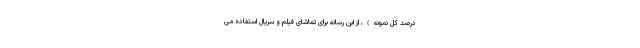
درصد کل نمونه)، از این رسانه برای تماشای فیلم و سریال استفاده می